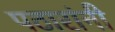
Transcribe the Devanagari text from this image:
पठारांनी